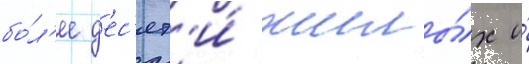
бо́л'ее д'ес'ят'и́ жилы́х и́